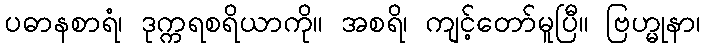
ပဓာနစာရံ၊ ဒုက္ကရစရိယာကို။ အစရိ၊ ကျင့်တော်မူပြီ။ ဗြဟ္မုနာ၊